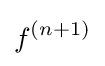
f^{(n+1)}